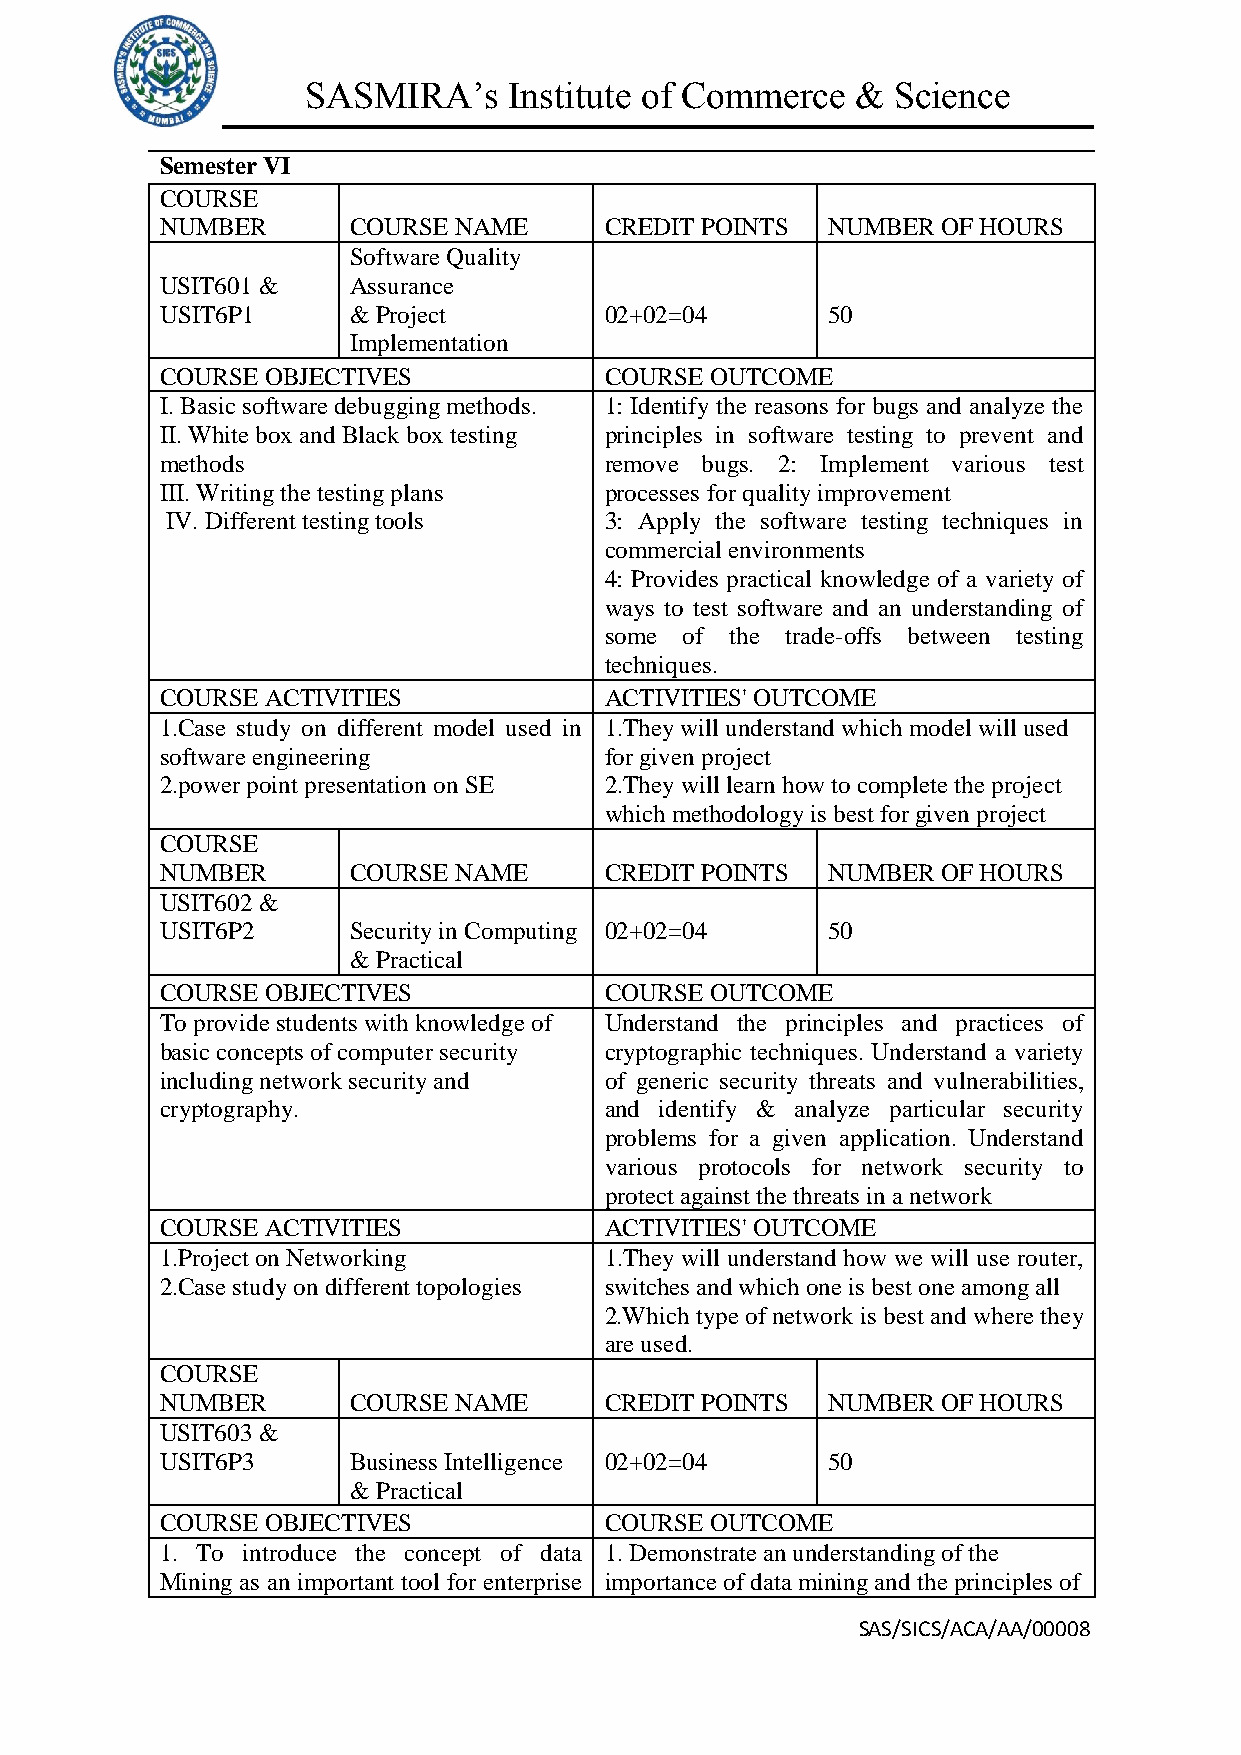
SASMIRA’s     Institute of Commerce  & Science
 Semester VI
 COURSE
 NUMBER      COURSE NAME      CREDIT POINTS  NUMBER OF HOURS
 Software Quality
 USIT601 &   Assurance
 USIT6P1     & Project        02+02=04       50
 Implementation
 COURSE OBJECTIVES            COURSE OUTCOME
 I. Basic software debugging methods. 1: Identify the reasons for bugs and analyze the
 II. White box and Black box testing principles in software testing to prevent and
 methods                      remove bugs. 2: Implement various test
 III. Writing the testing plans processes for quality improvement
 IV. Different testing tools  3: Apply the software testing techniques in
 commercial environments
 4: Provides practical knowledge of a variety of
 ways to test software and an understanding of
 some of the trade-offs between testing
 techniques.
 COURSE ACTIVITIES            ACTIVITIES' OUTCOME
 1.Case study on different model used in 1.They will understand which model will used
 software engineering         for given project
 2.power point presentation on SE 2.They will learn how to complete the project
 which methodology is best for given project
 COURSE
 NUMBER      COURSE NAME      CREDIT POINTS  NUMBER OF HOURS
 USIT602 &
 USIT6P2     Security in Computing 02+02=04  50
 & Practical
 COURSE OBJECTIVES            COURSE OUTCOME
 To provide students with knowledge of Understand the principles and practices of
 basic concepts of computer security cryptographic techniques. Understand a variety
 including network security and of generic security threats and vulnerabilities,
 cryptography.                and identify & analyze particular security
 problems for a given application. Understand
 various protocols for network security to
 protect against the threats in a network
 COURSE ACTIVITIES            ACTIVITIES' OUTCOME
 1.Project on Networking      1.They will understand how we will use router,
 2.Case study on different topologies switches and which one is best one among all
 2.Which type of network is best and where they
 are used.
 COURSE
 NUMBER      COURSE NAME      CREDIT POINTS  NUMBER OF HOURS
 USIT603 &
 USIT6P3     Business Intelligence 02+02=04  50
 & Practical
 COURSE OBJECTIVES            COURSE OUTCOME
 1. To introduce the concept of data 1. Demonstrate an understanding of the
 Mining as an important tool for enterprise importance of data mining and the principles of
 SAS/SICS/ACA/AA/00008